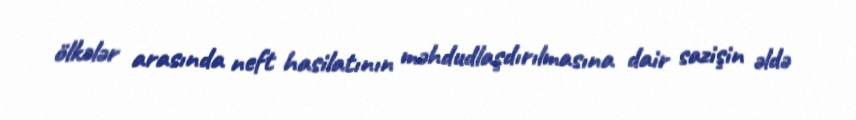
ölkələr arasında neft hasilatının məhdudlaşdırılmasına dair sazişin əldə